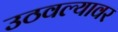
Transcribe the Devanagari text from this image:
उठवल्यावर